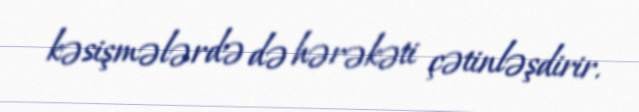
kəsişmələrdə də hərəkəti çətinləşdirir.